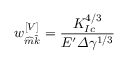
w _ { \widehat { m } \widehat { k } } ^ { \left[ V \right] } = \frac { K _ { I c } ^ { 4 / 3 } } { E ^ { \prime } \varDelta \gamma ^ { 1 / 3 } }